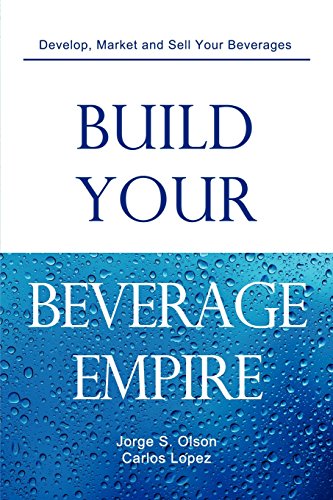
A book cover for Build Your Beverage Empire; Jorge S Olson; Business & Money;